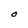
Character: O